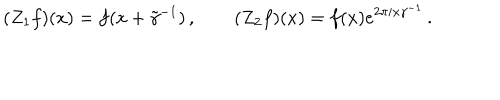
( Z _ { 1 } f ) ( x ) = f ( x + \tilde { \gamma } ^ { - 1 } ) \, , \qquad ( Z _ { 2 } f ) ( x ) = f ( x ) e ^ { 2 \pi i x \gamma ^ { - 1 } } \, .